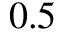
0 . 5